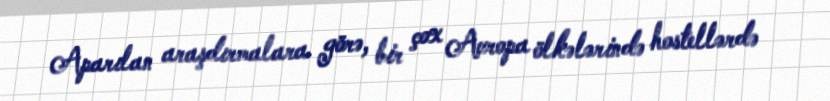
Aparılan araşdırmalara görə, bir çox Avropa ölkələrində hostellərdə